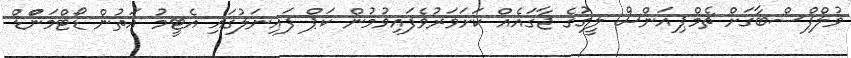
ވުލްފްސްބާގަށް ޗެމްޕިއަންސް ލީގުގެ ޖާގައެއް ކަށަވަރުވެފައިވުމުން ކަޕް ފައިނަލުގައި އެޓީމު އަތުން ޑޯޓްމަންްޑް